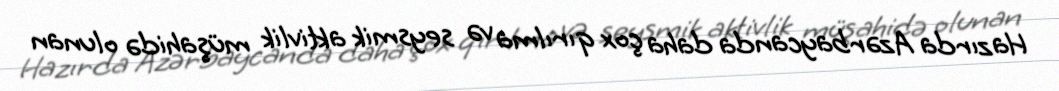
Hazırda Azərbaycanda daha çox qırılma və seysmik aktivlik müşahidə olunan